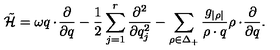
\tilde { \cal H } = \omega q \cdot \! { \frac { \partial } { \partial q } } - { \frac { 1 } { 2 } } \sum _ { j = 1 } ^ { r } { \frac { \partial ^ { 2 } } { \partial q _ { j } ^ { 2 } } } - \sum _ { \rho \in \Delta _ { + } } { \frac { g _ { | \rho | } } { \rho \cdot q } } \rho \cdot \! { \frac { \partial } { \partial q } } .